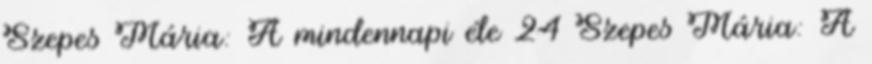
Szepes Mária: A mindennapi éle 24 Szepes Mária: A